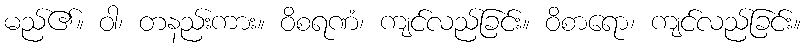
မည်၏။ ဝါ၊ တနည်းကား။ ဝိစရဏံ၊ ကျင်လည်ခြင်း။ ဝိစာရော၊ ကျင်လည်ခြင်း။